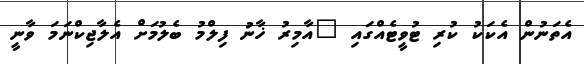
އެތަނުން އެކަކު ކުރި ޓުވީޓެއްގައި "އާމިރު ޚާނު ފިލްމު ބެލުމަށް އެލާޖިކްނަމަ ވާނީ